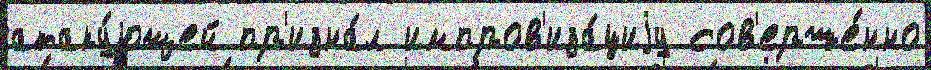
атаку́ющей пр'изна́л импров'иза́циjу сов'ерше́нно